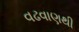
વઢવાણથી